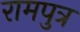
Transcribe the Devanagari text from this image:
रामपुत्र